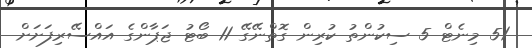
51 މިނެޓް 5 ސިކުންތު ކުރިން ގޮތްނޭގޭ 11 ބޯޓު ޖަޕާންގެ އައްސޭރިފަށަށް